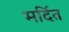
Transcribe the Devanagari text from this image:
मर्दित